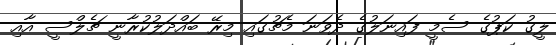
ލީގު ކަޕުގެ ސެމީ ފައިނަލުގެ ދެވަނަ މެޗުގައި މިރޭ ބައްދަލުކުރާނީ ޗެލްސީ އާއި